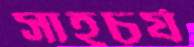
সাহচর্য